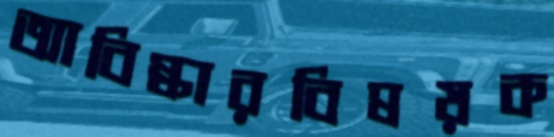
আবিষ্কারবিষয়ক